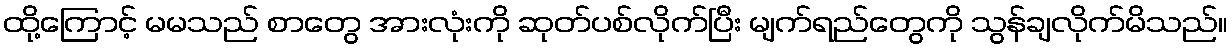
ထို့ကြောင့် မမသည် စာတွေ အားလုံးကို ဆုတ်ပစ်လိုက်ပြီး မျက်ရည်တွေကို သွန်ချလိုက်မိသည်။